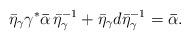
LaTeX: \begin{align*}\bar{\eta}_\gamma \gamma^* {\bf\bar{\alpha}} \, \bar{\eta}_\gamma^{-1}+ \bar{\eta}_\gamma d\bar{\eta}_\gamma^{-1} = {\bf\bar{\alpha}}.\end{align*}